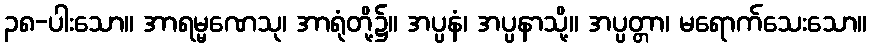
၃၈-ပါးသော။ အာရမ္မဏေသု၊ အာရုံတို့၌။ အပ္ပနံ၊ အပ္ပနာသို့။ အပ္ပတ္တာ၊ မရောက်သေးသော။